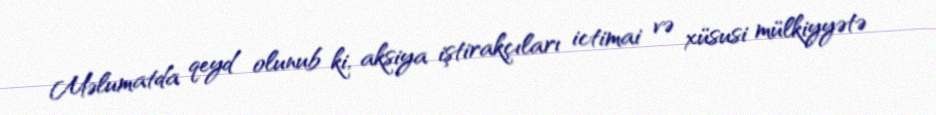
Məlumatda qeyd olunub ki, aksiya iştirakçıları ictimai və xüsusi mülkiyyətə